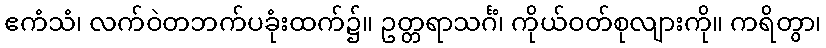
ဧကံသံ၊ လက်ဝဲတဘက်ပခုံးထက်၌။ ဥတ္တရာသင်္ဂံ၊ ကိုယ်ဝတ်စုလျားကို။ ကရိတွာ၊